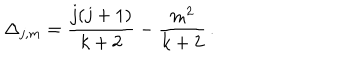
\Delta _ { j , m } = \frac { j ( j + 1 ) } { k + 2 } - \frac { m ^ { 2 } } { k + 2 } \, .